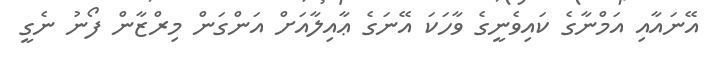
އޭނައާއި އަމްނާގެ ކައިވެނީގެ ވާހަކަ އޭނަގެ ޢާއިލާއަށް އަންގަން މިރްޒާން ފޯނު ނެގީ